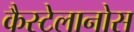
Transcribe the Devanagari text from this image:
कैस्टेलानोस